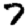
Digit: 7